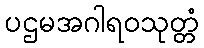
ပဌမအဂါရဝသုတ္တံ